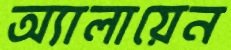
অ্যালায়েন